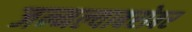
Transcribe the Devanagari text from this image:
जन्मल्याबरोबर